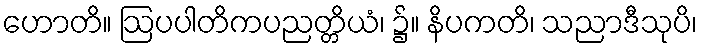
ဟောတိ။ ဩပပါတိကပညတ္တိယံ၊ ၌။ နိပကတိ၊ သညာဒီသုပိ၊